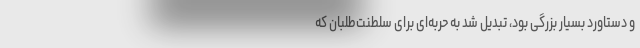
و دستاورد بسیار بزرگی بود، تبدیل شد به حربه‌ای برای سلطنت‌طلبان که